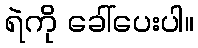
ရဲကို ခေါ်ပေးပါ။